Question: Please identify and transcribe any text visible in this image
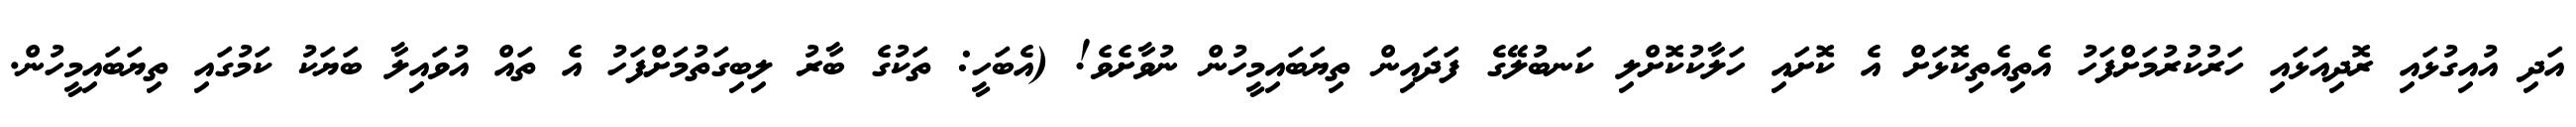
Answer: އަދި އުއިގުޅައި ރޮދިއަޅައި ހަރުކުރުމަށްފަހު އެތިއެތިކޮޅަށް އެ ކޮށައި ހަލާކުކޮށްލި ކަނބުލޭގެ ފަދައިން ތިޔަބައިމީހުން ނުވާށެވެ! (އެބަހީ: ތަކުގެ ބާރު ލިބިގަތުމަށްފަހު އެ ތައް އުވައިލާ ބަޔަކު ކަމުގައި ތިޔަބައިމީހުން.